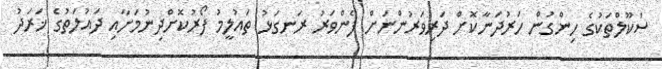
ސްކޫލްތަކުގެ ހިންގުން ހަރުދަނާކޮށް ދަރިވަރުންނަށް ފެންވަރު ރަނގަޅު ތައުލީމު ފޯރުކޮށްދިނުމަށާއި ދައުލަތުގެ ޚަރަދު